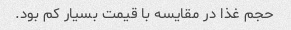
حجم غذا در مقایسه با قیمت بسیار کم بود.